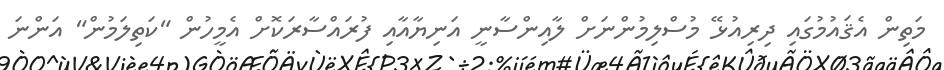
މަތިން އެޤައުމުގައި ދިރިއުޅޭ މުސްލިމުންނަށް ލާއިންސާނީ އަނިޔާއާއި ފުރައްސާރަކޮށް އެމީހުން "ކަތިލަމުން" އަންނަ